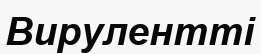
Вирулентті